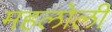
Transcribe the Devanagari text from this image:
महलोली